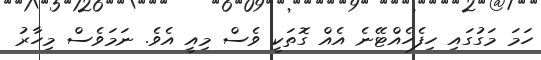
ހަމަ މަގުގައި ހިފެހެއްޓޭނެ އެއް ގޮތަކީ ވެސް މިއީ އެވެ. ނަމަވެސް މިހާރު